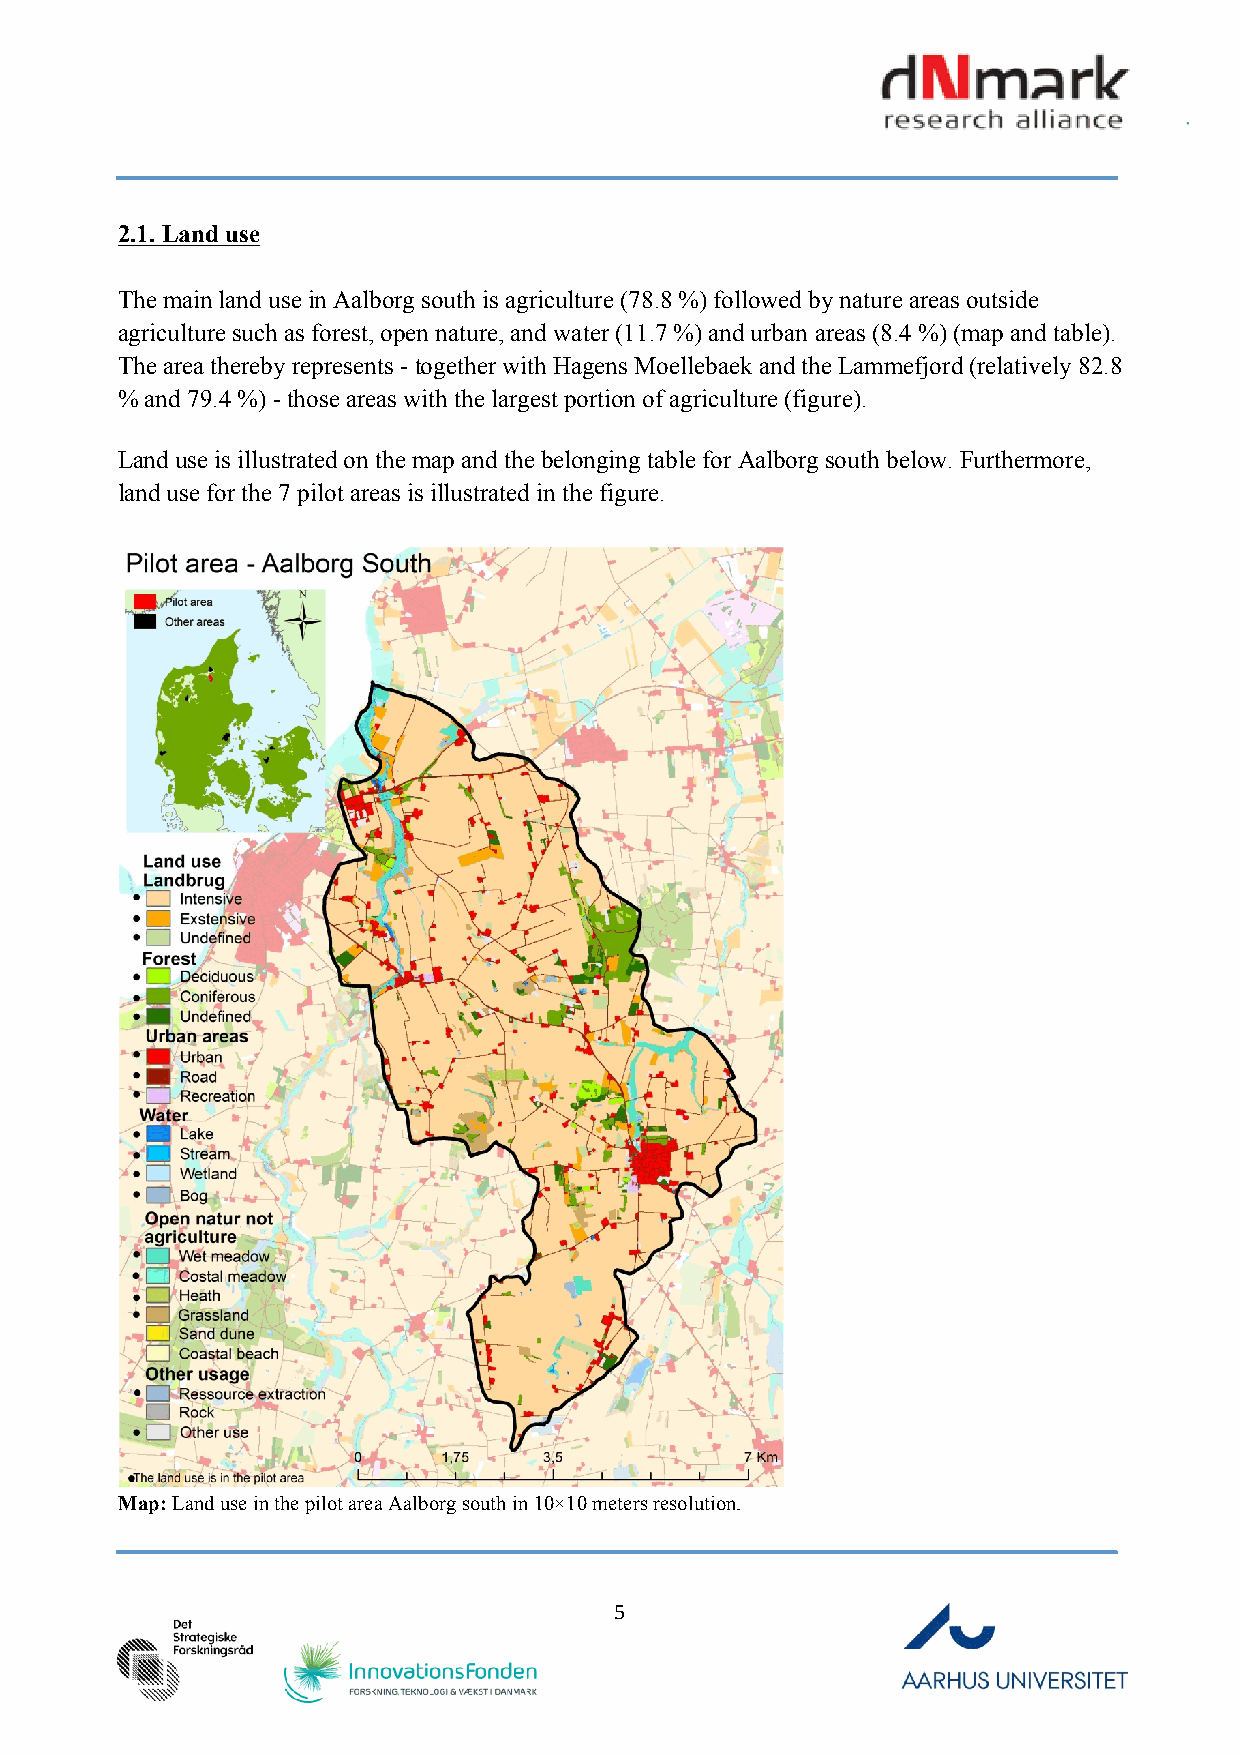
2.1. Land use
 The main land use in Aalborg south is agriculture (78.8 %) followed by nature areas outside
 agriculture such as forest, open nature, and water (11.7 %) and urban areas (8.4 %) (map and table).
 The area thereby represents - together with Hagens Moellebaek and the Lammefjord (relatively 82.8
 % and 79.4 %) - those areas with the largest portion of agriculture (figure).
 Land use is illustrated on the map and the belonging table for Aalborg south below. Furthermore,
 land use for the 7 pilot areas is illustrated in the figure.
 Map: Land use in the pilot area Aalborg south in 10×10 meters resolution.
 5